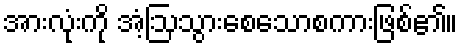
အားလုံးကို အံ့ဩသွားစေသောစကားဖြစ်၏။